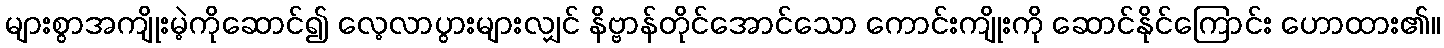
များစွာအကျိုးမဲ့ကိုဆောင်၍ လေ့လာပွားများလျှင် နိဗ္ဗာန်တိုင်အောင်သော ကောင်းကျိုးကို ဆောင်နိုင်ကြောင်း ဟောထား၏။